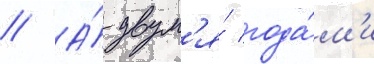
// А́ двум'я́ года́м'и